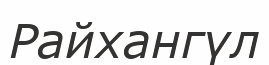
Райхангүл